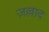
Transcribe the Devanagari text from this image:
ज़ल्लाद